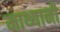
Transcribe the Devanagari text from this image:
माथ्यानी